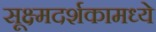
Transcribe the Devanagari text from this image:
सूक्ष्मदर्शकामध्ये